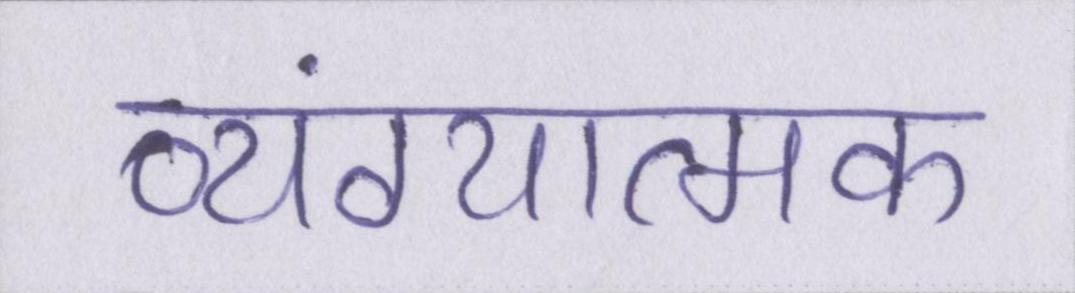
व्यंग्यात्मक